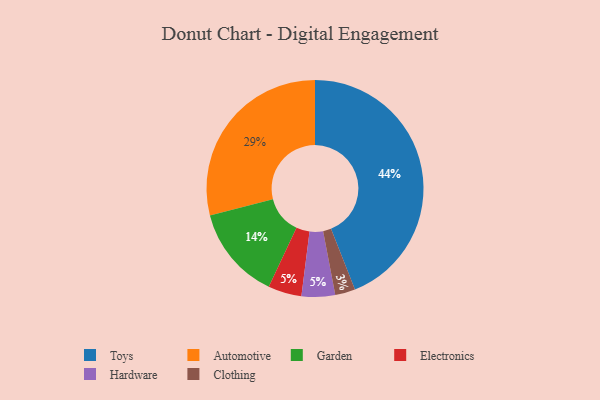
{"axis": {"x": "Category", "y": "Percentage"}, "legend": ["Automotive", "Clothing", "Electronics", "Garden", "Hardware", "Toys"], "data": [{"x": "Electronics", "y": 5, "type": "Electronics"}, {"x": "Hardware", "y": 5, "type": "Hardware"}, {"x": "Toys", "y": 44, "type": "Toys"}, {"x": "Automotive", "y": 29, "type": "Automotive"}, {"x": "Garden", "y": 14, "type": "Garden"}, {"x": "Clothing", "y": 3, "type": "Clothing"}]}